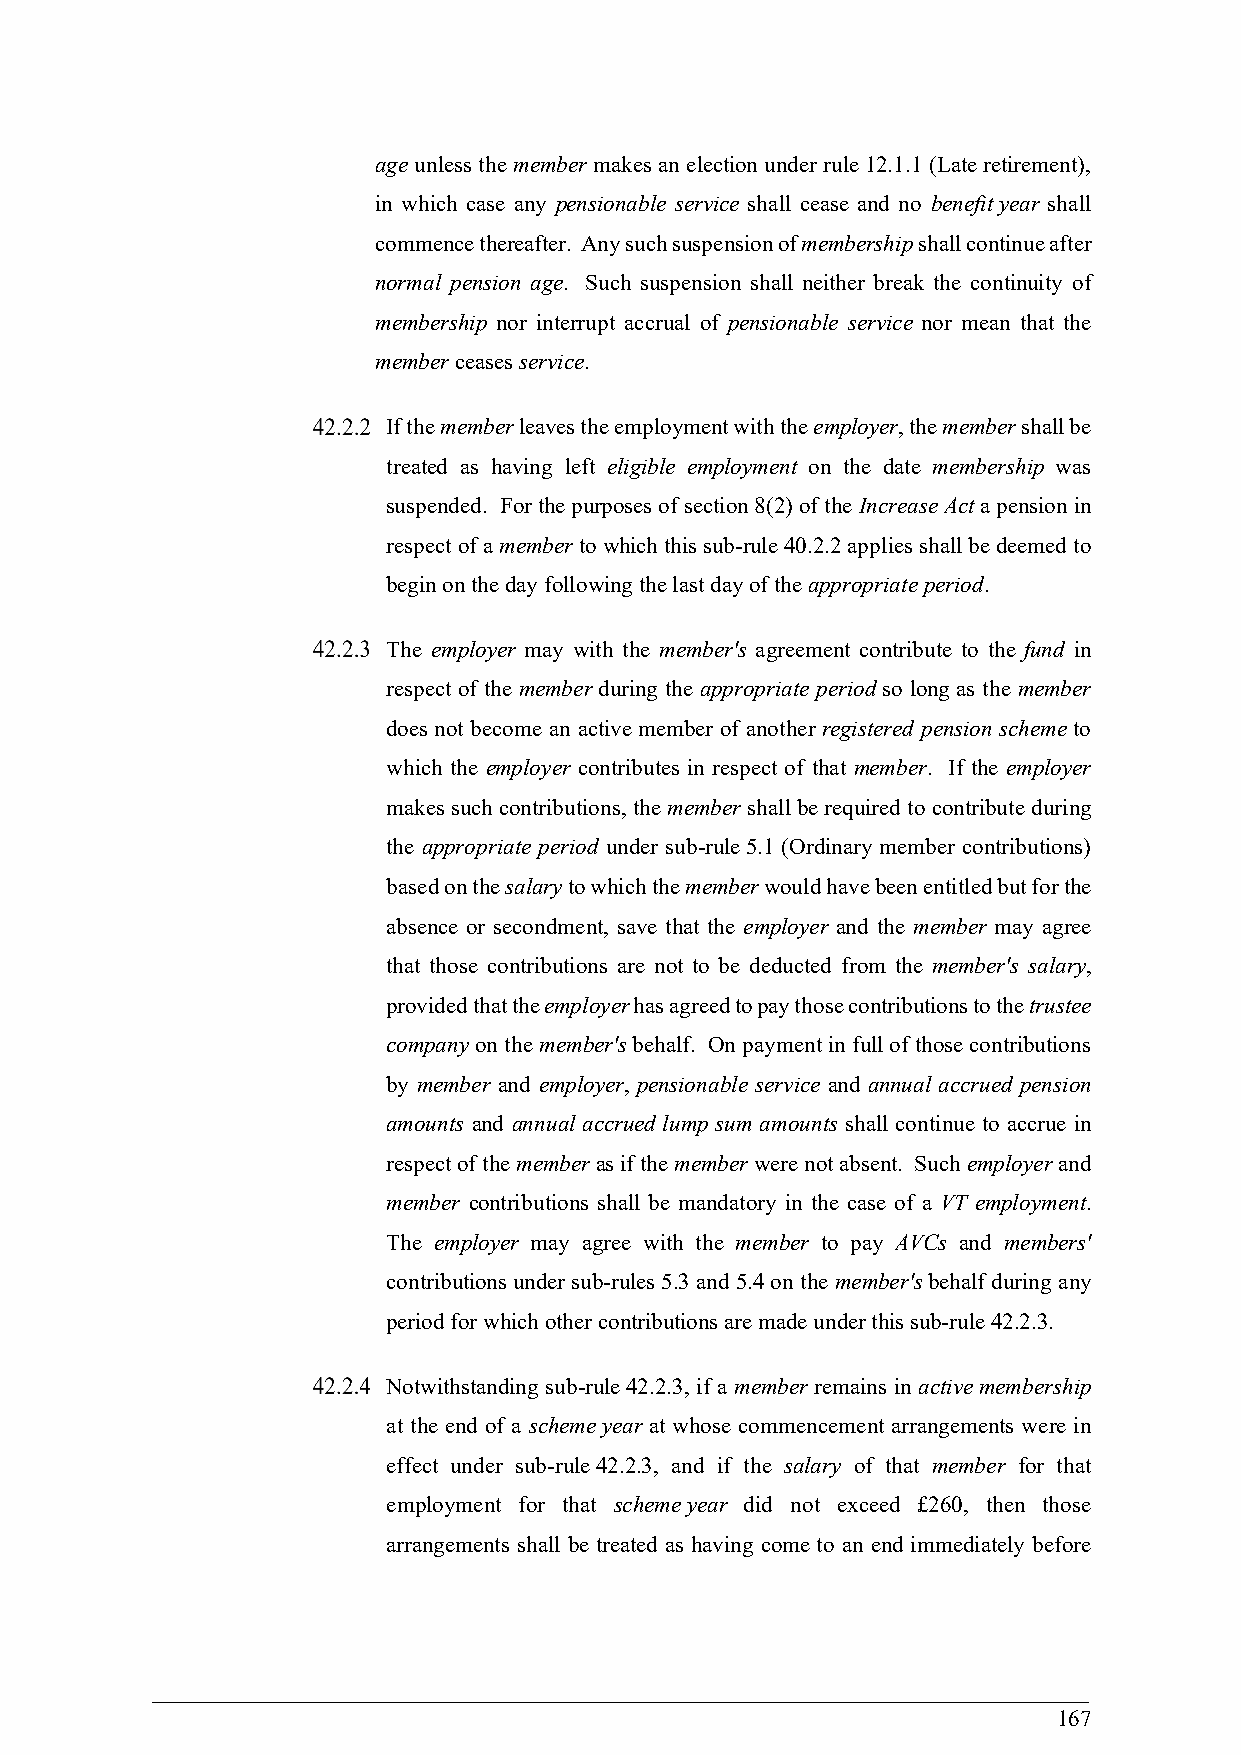
age unless the member makes an election under rule 12.1.1 (Late retirement),
 in which case any pensionable service shall cease and no benefit year shall
 commence thereafter. Any such suspension of membership shall continue after
 normal pension age. Such suspension shall neither break the continuity of
 membership nor interrupt accrual of pensionable service nor mean that the
 member ceases service.
 If the member leaves the employment with the employer, the member shall be
 treated as having left eligible employment on the date membership was
 suspended. For the purposes of section 8(2) of the Increase Act a pension in
 respect of a member to which this sub-rule 40.2.2 applies shall be deemed to
 begin on the day following the last day of the appropriate period.
 The employer may with the member's agreement contribute to the fund in
 respect of the member during the appropriate period so long as the member
 does not become an active member of another registered pension scheme to
 which the employer contributes in respect of that member. If the employer
 makes such contributions, the member shall be required to contribute during
 the appropriate period under sub-rule 5.1 (Ordinary member contributions)
 based on the salary to which the member would have been entitled but for the
 absence or secondment, save that the employer and the member may agree
 that those contributions are not to be deducted from the member's salary,
 provided that the employer has agreed to pay those contributions to the trustee
 company on the member's behalf. On payment in full of those contributions
 by member and employer, pensionable service and annual accrued pension
 amounts and annual accrued lump sum amounts shall continue to accrue in
 respect of the member as if the member were not absent. Such employer and
 member contributions shall be mandatory in the case of a VT employment.
 The employer may agree with the member to pay AVCs and members'
 contributions under sub-rules 5.3 and 5.4 on the member's behalf during any
 period for which other contributions are made under this sub-rule 42.2.3.
 Notwithstanding sub-rule 42.2.3, if a member remains in active membership
 at the end of a scheme year at whose commencement arrangements were in
 effect under sub-rule 42.2.3, and if the salary of that member for that
 employment for that scheme year did not exceed £260, then those
 arrangements shall be treated as having come to an end immediately before
 167